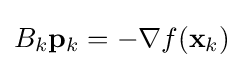
B_{k}\mathbf {p} _{k}=-\nabla f(\mathbf {x} _{k})